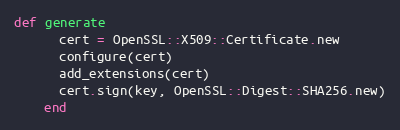
Language: Ruby
def generate
      cert = OpenSSL::X509::Certificate.new
      configure(cert)
      add_extensions(cert)
      cert.sign(key, OpenSSL::Digest::SHA256.new)
    end